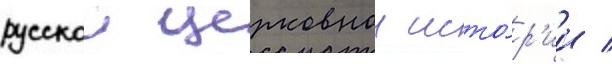
русскои церковнои исто́р'ии /